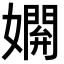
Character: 𡢸